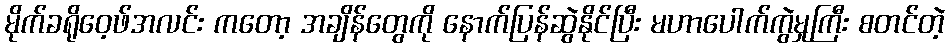
မိုက်ခရိုဝေ့ဖ်အလင်း ကတော့ အချိန်တွေကို နောက်ပြန်ဆွဲနိုင်ပြီး မဟာပေါက်ကွဲမှုကြီး စတင်တဲ့